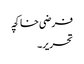
فرضی خاکچہ
تحریر۔